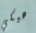
هيكي